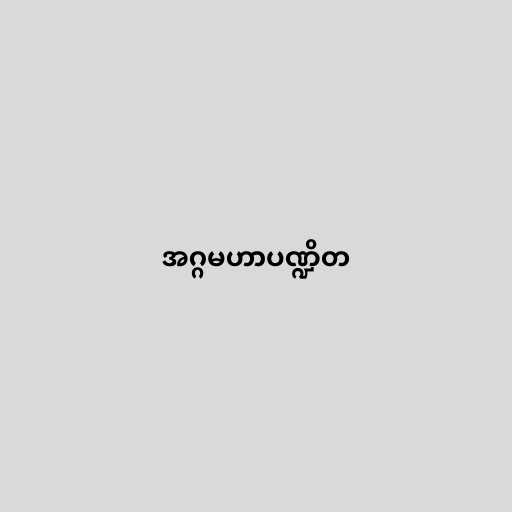
အဂ္ဂမဟာပဏ္ဍိတ